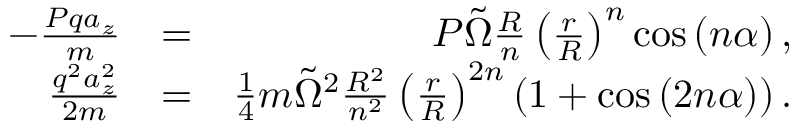
\begin{array} { r l r } { - \frac { P q a _ { z } } { m } } & { = } & { P \tilde { \Omega } \frac { R } { n } \left( \frac { r } { R } \right) ^ { n } \cos \left( n \alpha \right) , } \\ { \frac { q ^ { 2 } a _ { z } ^ { 2 } } { 2 m } } & { = } & { \frac { 1 } { 4 } m \tilde { \Omega } ^ { 2 } \frac { R ^ { 2 } } { n ^ { 2 } } \left( \frac { r } { R } \right) ^ { 2 n } \left( 1 + \cos \left( 2 n \alpha \right) \right) . } \end{array}